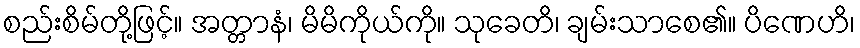
စည်းစိမ်တို့ဖြင့်။ အတ္တာနံ၊ မိမိကိုယ်ကို။ သုခေတိ၊ ချမ်းသာစေ၏။ ပိဏေဟိ၊